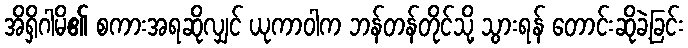
အိရှိဂါမိ၏ စကားအရဆိုလျှင် ယုကာဝါက ဘန်တန်တိုင်သို့ သွားရန် တောင်းဆိုခဲ့ခြင်း